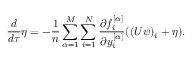
\frac { d } { d \tau } \eta = - \frac { 1 } { n } \sum _ { \alpha = 1 } ^ { M } \sum _ { i = 1 } ^ { N } \frac { \partial f _ { i } ^ { [ \alpha ] } } { \partial y _ { i } ^ { [ \alpha ] } } ( ( U \psi ) _ { i } + \eta ) .